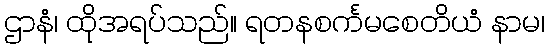
ဌာနံ၊ ထိုအရပ်သည်။ ရတနစင်္ကမစေတိယံ နာမ၊